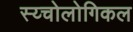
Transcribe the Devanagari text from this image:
स्य्चोलोगिकल